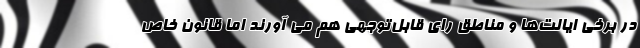
در برخی ایالت‌ها و مناطق رای قابل‌توجهی هم می آورند اما قانون خاص